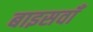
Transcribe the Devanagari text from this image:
बाइसवाँ